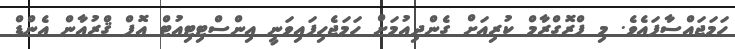
ހަމަޖައްސާފައެވެ. މި ޕްރޮގްރާމް ކުރިއަށް ގެންދިއުމަށް ހަމަޖެހިފައިވަނީ އިންސްޓިޓިއުޓް އޮފް ޤްރުއާން އެންޑް